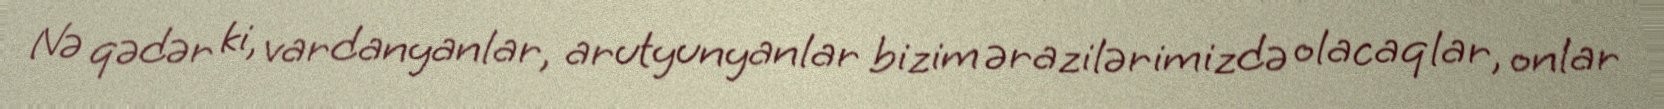
Nə qədər ki, vardanyanlar, arutyunyanlar bizim ərazilərimizdə olacaqlar, onlar